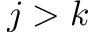
j > k